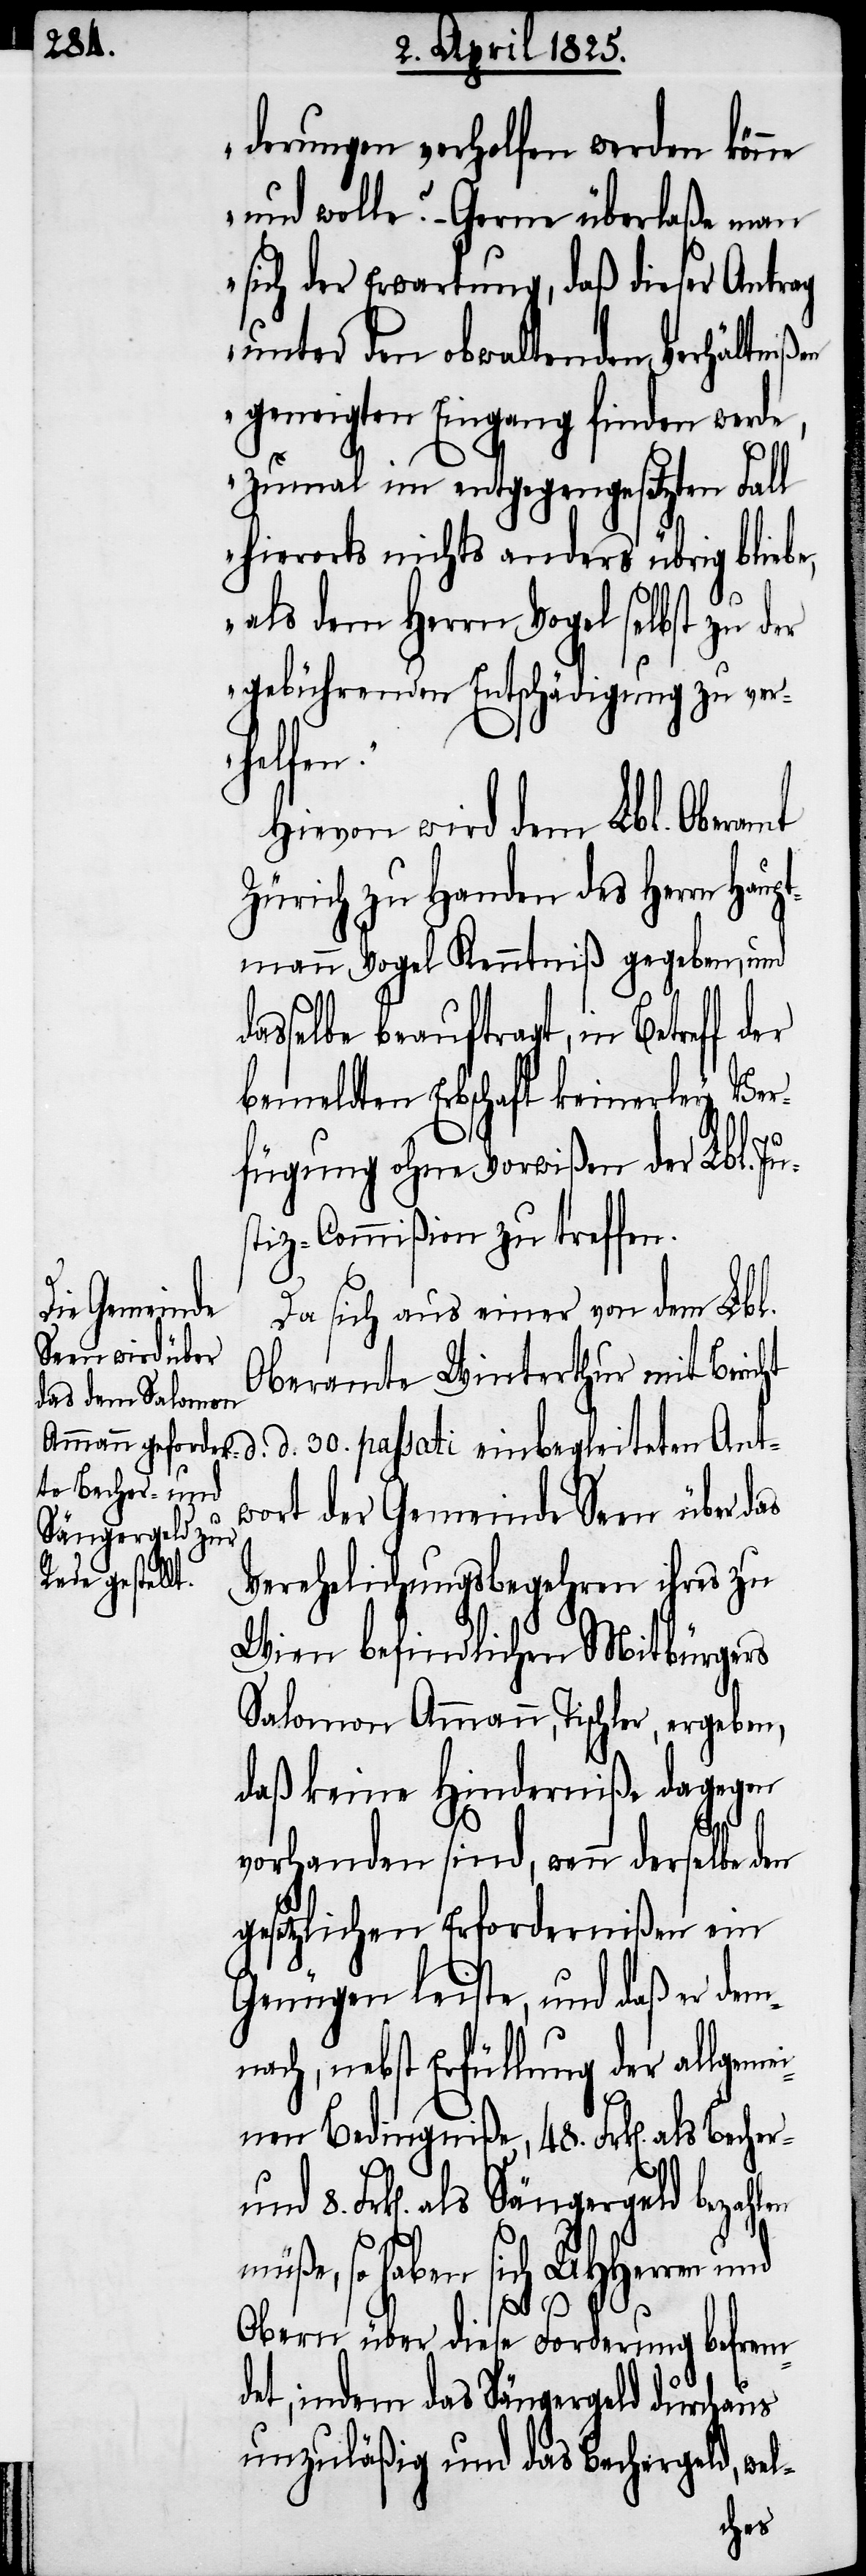
derungen verholfen werden könne
und wolle? – Gerne überlaße man
sich der Erwartung, daß dieser Antrag
unter den obwaltenden Verhältniß¬
geneigten Eingang finden werde,
zumal im entgegengesetzten Fall
hierorts nichts anders übrig blie¬
d.
als dem Herrn Vogel selbst zu der
gebührenden Entschädigung zu verh¬
einen
Hievon wird dem Lbl. Oberamt
Zürich zu Handen des Herrn Hau¬
ptmann Vogel Kenntniß gegeben, und
selbe beauftragt, in Betreff der
bemeldten Erbschaft keinerley Ver¬
fügung ohne Vorwißen der Lbl. Ju¬
stiz-Commißion zu treffen.
Da sich aus einer von dem Lbl.
Oberamte Winterthur mit Bericht
als Becher- und
wort der Gemeinde Seen über das
einbegleit¬
Verehelichungsbegehren ihres zu
Wien befindlichen Mitbürgers
Salomon Ammann, Tischler, ergeben,
daß keine Hinderniße dagegen
Ant¬
vorhanden sind, wenn derselbe den
gesetzlichen Erfordernißen ein
Genügen leiste, und daß er dem¬
nach, nebst Erfüllung der allgem¬
Frk[en]. als Sängergeld bezahlen
müße, so haben sich UHHerren und
8.
Obern über diese Forderung befrem¬
det, indem das Sängergeld durchaus
unzuläßig und das Bechergeld, wel-